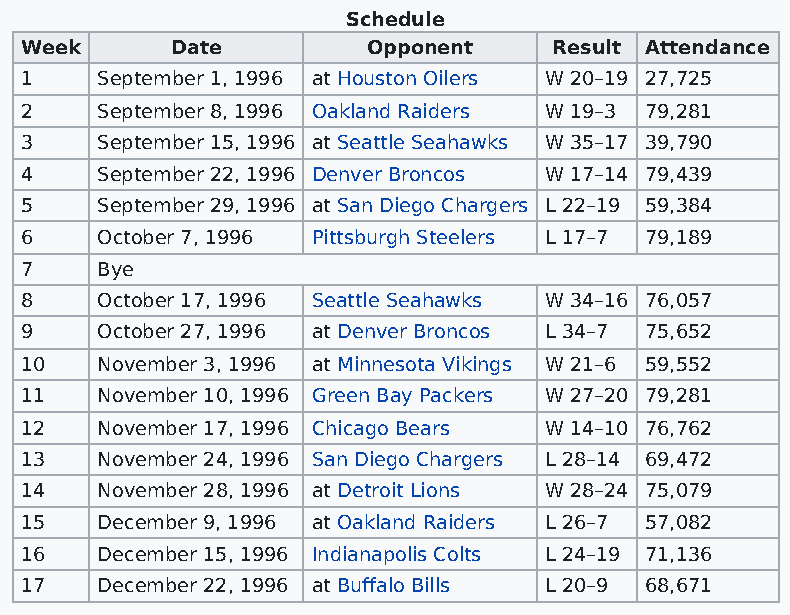
Schedule
 Week      Date         Opponent     Result Attendance
 1    September 1, 1996 at Houston Oilers W 20–19 27,725
 2    September 8, 1996 Oakland Raiders W 19–3 79,281
 3    September 15, 1996 at Seattle Seahawks W 35–17 39,790
 4    September 22, 1996 Denver Broncos W 17–14 79,439
 5    September 29, 1996 at San Diego Chargers L 22–19 59,384
 6    October 7, 1996 Pittsburgh Steelers L 17–7 79,189
 7    Bye
 8    October 17, 1996 Seattle Seahawks W 34–16 76,057
 9    October 27, 1996 at Denver Broncos L 34–7 75,652
 10   November 3, 1996 at Minnesota Vikings W 21–6 59,552
 11   November 10, 1996 Green Bay Packers W 27–20 79,281
 12   November 17, 1996 Chicago Bears W 14–10 76,762
 13   November 24, 1996 San Diego Chargers L 28–14 69,472
 14   November 28, 1996 at Detroit Lions W 28–24 75,079
 15   December 9, 1996 at Oakland Raiders L 26–7 57,082
 16   December 15, 1996 Indianapolis Colts L 24–19 71,136
 17   December 22, 1996 at Buffalo Bills L 20–9 68,671